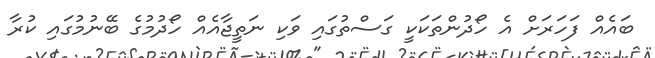
ބައެއް ފަހަރަށް އެ ހޯދުންތަކަކީ ގަސްތުގައި ވަކި ނަތީޖާއެއް ހޯދުމުގެ ބޭނުމުގައި ކުރާ